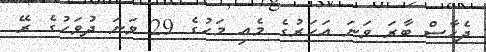
ދެހާސް ބާރަ ވަނަ އަހަރުގެ މެއި މަހުގެ 29 ވަނަ ދުވަހުގެ ރޭ